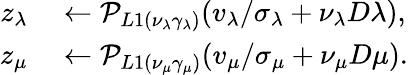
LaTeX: \begin{array}{rl}{z_{\lambda}}&{{}\leftarrow\mathcal{P}_{L1(\nu_{\lambda}\gamma_{\lambda})}(v_{\lambda}/\sigma_{\lambda}+\nu_{\lambda}D\lambda),}\\ {z_{\mu}}&{{}\leftarrow\mathcal{P}_{L1(\nu_{\mu}\gamma_{\mu})}(v_{\mu}/\sigma_{\mu}+\nu_{\mu}D\mu).}\end{array}